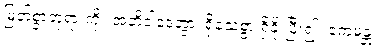
မြတ်စွာဘုရားကို။ အဘိဝါဒေတွာ၊ ရိုသေစွာ ရှိခိုးပြီး၍။ ဧကမန္တံ၊